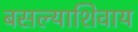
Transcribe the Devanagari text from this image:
बसल्याशिवाय